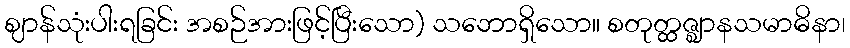
ဈာန်သုံးပါးရခြင်း အစဉ်အားဖြင့်ပြီးသော) သဘောရှိသော။ စတုတ္ထဇ္ဈာနသမာဓိနာ၊